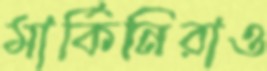
মার্কিনিরাও